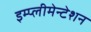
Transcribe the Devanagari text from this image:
इम्प्लीमेन्टेशन